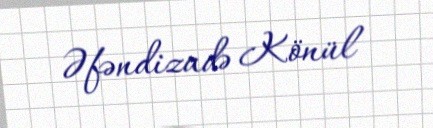
Əfəndizadə Könül